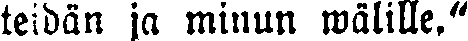
teidän ja minun wälille."